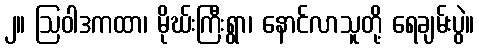
၂။ ဩဝါဒကထာ၊ မိုဃ်းကြီးရွာ၊ နောင်လာသူတို့ ရေချမ်းပွဲ။